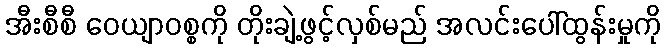
အီးစီစီ ဝေယျာဝစ္စကို တိုးချဲ့ဖွင့်လှစ်မည် အလင်းပေါ်ထွန်းမှုကို